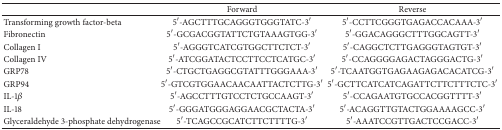
<table><thead><tr><td><b> </b></td><td><b>Forward</b></td><td><b>Reverse</b></td></tr></thead><tbody><tr><td>Transforming growth factor-beta </td><td>5′-AGCTTTGCAGGGTGGGTATC-3′</td><td>5′-CCTTCGGGTGAGACCACAAA-3′</td></tr><tr><td>Fibronectin</td><td>5′-GCGACGGTATTCTGTAAAGTGG-3′</td><td>5′-GGACAGGGCTTTGGCAGTT-3′</td></tr><tr><td>Collagen I</td><td>5′-AGGGTCATCGTGGCTTCTCT-3′</td><td>5′-CAGGCTCTTGAGGGTAGTGT-3′</td></tr><tr><td>Collagen IV</td><td>5′-ATCGGATACTCCTTCCTCATGC-3′</td><td>5′-CCAGGGGAGACTAGGGACTG-3′</td></tr><tr><td>GRP78</td><td>5′-CTGCTGAGGCGTATTTGGGAAA-3′</td><td>5′-TCAATGGTGAGAAGAGACACATCG-3′</td></tr><tr><td>GRP94</td><td>5′-GTCGTGGAACAACAATTACTCTTG-3′</td><td>5′-GCTTCATCATCAGATTCTTCTTTCTC-3′</td></tr><tr><td>IL-1<i>β</i></td><td>5′-AGCCTTTGTCCTCTGCCAAGT-3′</td><td>5′-CCAGAATGTGCCACGGTTTT-3′</td></tr><tr><td>IL-18</td><td>5′-GGGATGGGAGGAACGCTACTA-3′</td><td>5′-ACAGGTTGTACTGGAAAAGCC-3′</td></tr><tr><td>Glyceraldehyde 3-phosphate dehydrogenase</td><td>5′-TCAGCCGCATCTTCTTTTG-3′</td><td>5′-AAATCCGTTGACTCCGACC-3′</td></tr></tbody></table>